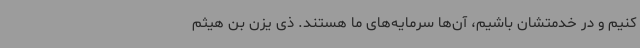
کنیم و در خدمتشان باشیم، آن‌ها سرمایه‌های ما هستند. ذی یزن بن هیثم